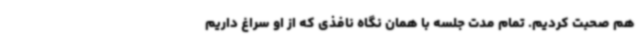
هم صحبت کردیم. تمام مدت جلسه با همان نگاه نافذی که از او سراغ داریم